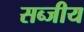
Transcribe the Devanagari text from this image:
सब्जीय